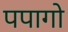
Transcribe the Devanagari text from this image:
पपागो